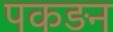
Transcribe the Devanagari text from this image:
पकड़न